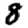
Digit: 8